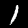
Digit: 1